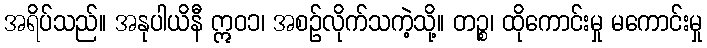
အရိပ်သည်။ အနုပါယိနီ ဣဝ၁၊ အစဉ်လိုက်သကဲ့သို့။ တဉ္စ၊ ထိုကောင်းမှု မကောင်းမှု